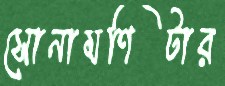
সোনামণিটার